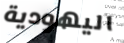
اليهودية